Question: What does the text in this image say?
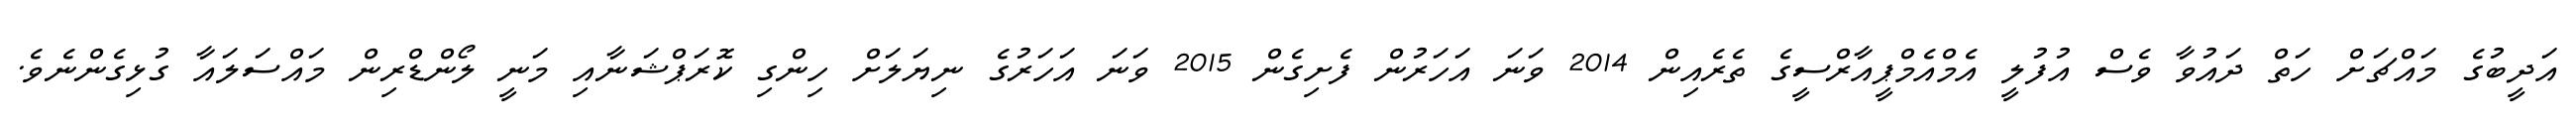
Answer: އަދީބުގެ މައްޗަށް ހަތް ދައުވާ ވެސް އުފުލީ އެމްއެމްޕީއާރްސީގެ ތެރެއިން 2014 ވަނަ އަހަރުން ފެށިގެން 2015 ވަނަ އަހަރުގެ ނިޔަލަށް ހިންގި ކޮރަޕްޝަނާއި މަނީ ލޯންޑްރިން މައްސަލައާ ގުޅިގެންނެވެ.